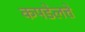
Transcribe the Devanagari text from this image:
कपडेलत्ते